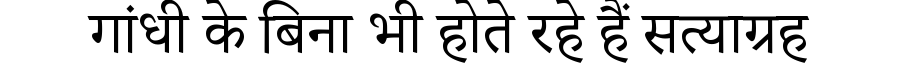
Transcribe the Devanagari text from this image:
गांधी के बिना भी होते रहे हैं सत्याग्रह